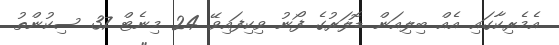
އެމެރިކާގައި އެއް ބިލިއަން ޑޮލަރުގެ ފޯނު ވިކިފައިވޭ 24 މިނެޓް 37 ސިކުންތު